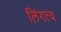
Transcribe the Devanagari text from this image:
लिंगत्व